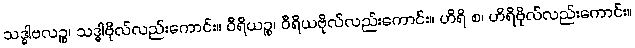
သဒ္ဓါဗလဉ္စ၊ သဒ္ဓါဗိုလ်လည်းကောင်း။ ဝီရိယဉ္စ၊ ဝီရိယဗိုလ်လည်းကောင်း။ ဟိရိ စ၊ ဟိရိဗိုလ်လည်းကောင်း။